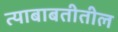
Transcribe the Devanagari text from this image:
त्याबाबतीतील